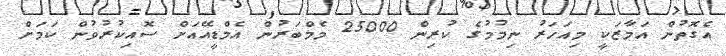
އެގޮތުން އަމާޒަކީ މިއަހަރު ނިމުމުގެ ކުރިން 25000 މެމްބަރުން އެމްޑީއޭއަށް ސޮއިކުރުވުން ކަމަށް